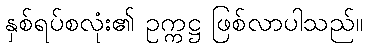
နှစ်ရပ်စလုံး၏ ဥက္ကဋ္ဌ ဖြစ်လာပါသည်။